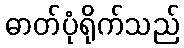
ဓာတ်ပုံရိုက်သည်